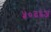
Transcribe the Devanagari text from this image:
५०३६अ